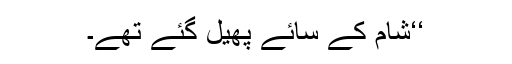
‘‘شام کے سائے پھیل گئے تھے۔